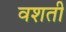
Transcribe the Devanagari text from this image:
वशती